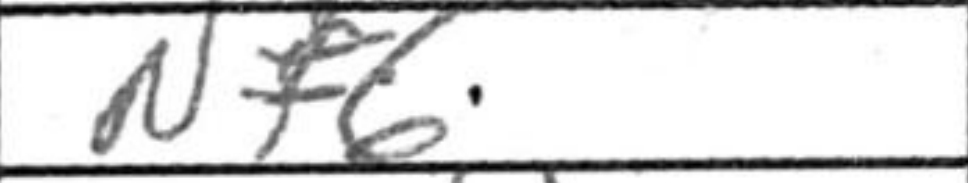
Transcription: Nf6